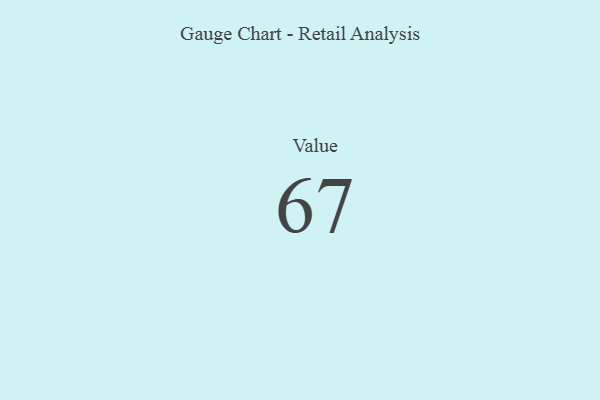
{"axis": {"x": "Metric", "y": "Value"}, "legend": [""], "data": [{"x": "Value", "y": 67, "type": ""}]}